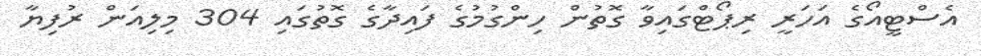
އެސްޓީއޯގެ އަހަރީ ރިޕޯޓްގައިވާ ގޮތުން ހިންގުމުގެ ފައިދާގެ ގޮތުގައި 304 މިލިއަން ރުފިޔާ